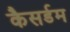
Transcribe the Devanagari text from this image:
कैसर्डम